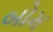
બોમ